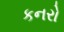
કનરો